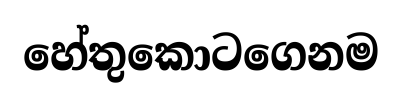
හේතුකොටගෙනම